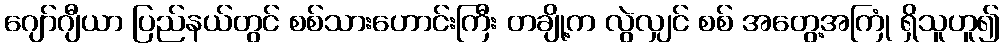
ဂျော်ဂျီယာ ပြည်နယ်တွင် စစ်သားဟောင်းကြီး တချို့က လွဲလျှင် စစ် အတွေ့အကြုံ ရှိသူဟူ၍